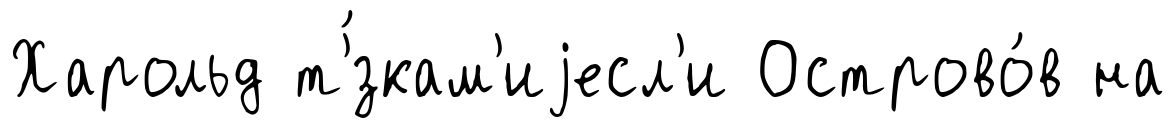
Харольд т'́зкам'иjесл'и Острово́в на